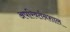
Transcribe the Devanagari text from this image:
अपरिवर्तनशाल